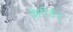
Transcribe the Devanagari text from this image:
देसीङेर्